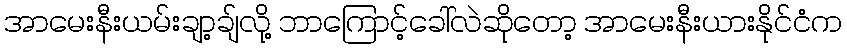
အာမေးနီးယမ်းချာ့ချ်လို့ ဘာကြောင့်ခေါ်လဲဆိုတော့ အာမေးနီးယားနိုင်ငံက